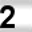
Digit: 2